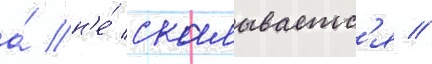
а́ н'е́ скалываетс'я //